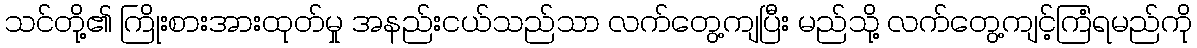
သင်တို့၏ ကြိုးစားအားထုတ်မှု အနည်းငယ်သည်သာ လက်တွေ့ကျပြီး မည်သို့ လက်တွေ့ကျင့်ကြံရမည်ကို